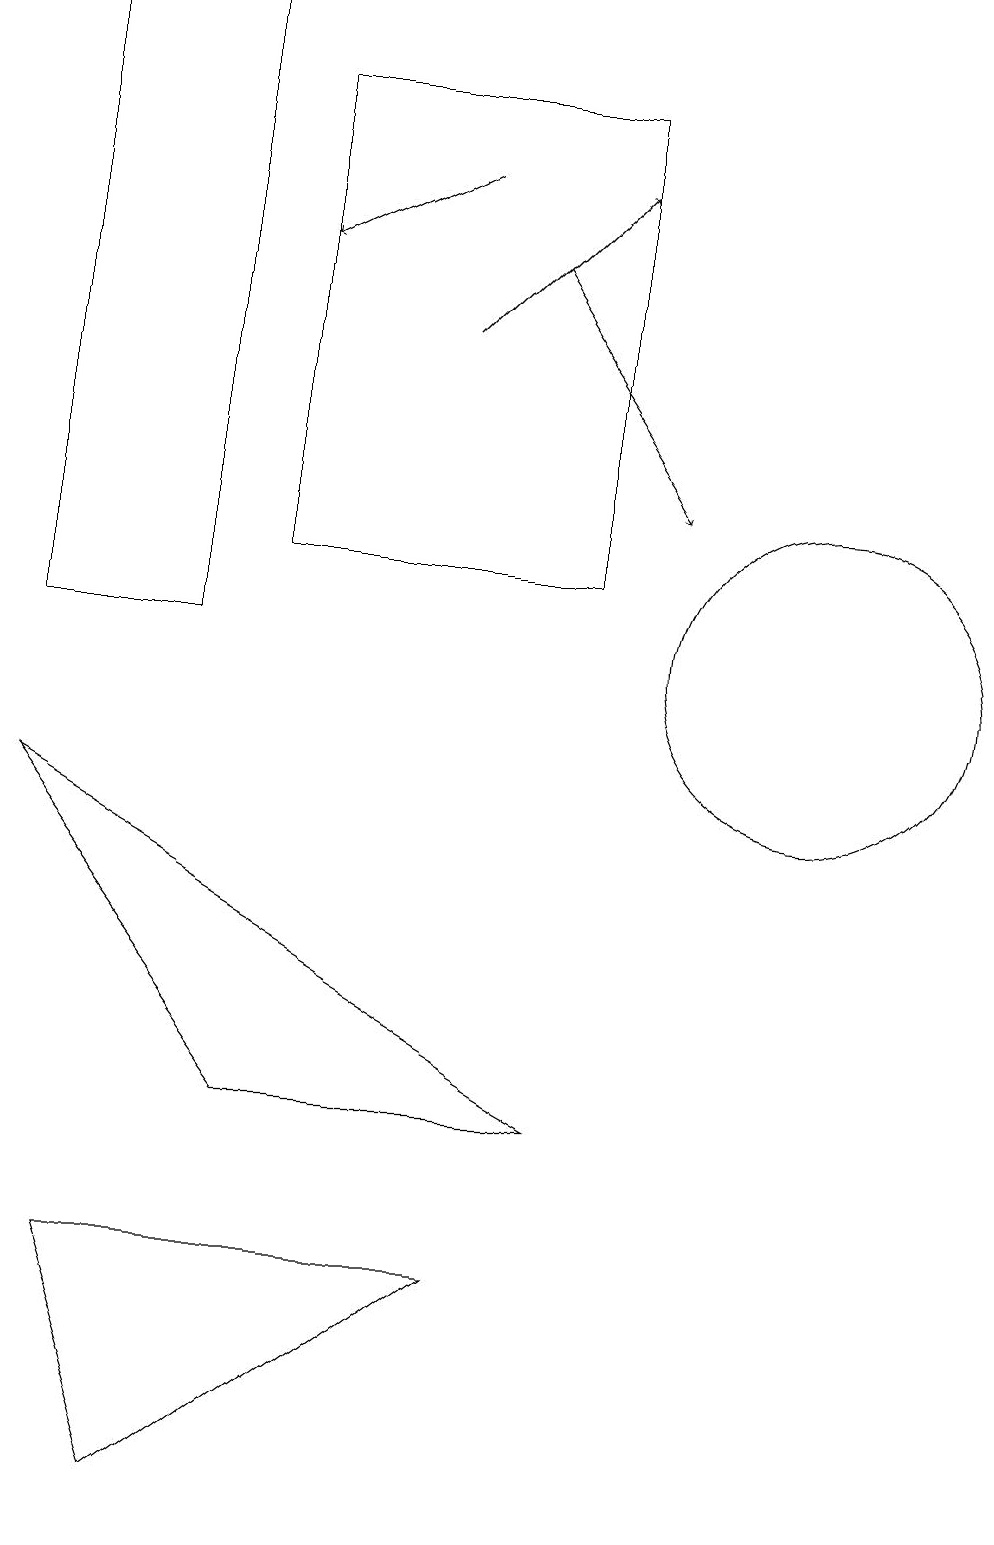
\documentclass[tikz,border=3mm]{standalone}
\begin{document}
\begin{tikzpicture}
\draw[->] (7,16) -- (9,13);
\draw (8,12) rectangle (4,18);
\draw[->] (6,17) -- (4,16);
\draw (2,3) -- (3,0) -- (7,3) -- cycle;
\draw (4,5) -- (1,9) -- (8,5) -- cycle;
\draw (1,19) rectangle (3,11);
\draw (11,11) circle (2);
\draw[->] (6,15) -- (8,17);
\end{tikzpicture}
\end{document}